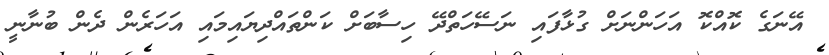
އޭނަގެ ކޮއްކޮ އަހަންނަށް ގުޅާފައި ނަސޭހަތްދޭ ހިސާބަށް ކަންތައްދިޔައިމައި އަހަރެން ދެން ބުނާނީ